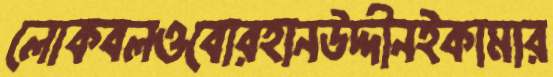
লোকবলওবোরহানউদ্দীনইকামার